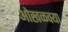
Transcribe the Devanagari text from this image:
ओखळक्या